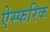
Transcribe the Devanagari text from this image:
ऐस्फरिक